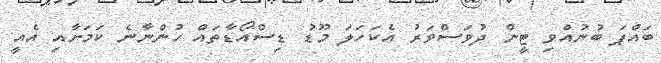
ބައްޕަ ބުނުއްވި ޓީން ދުވަސްވަރު އެކަހަލަ މޫޑު ޑިސްއޯޑާތައް ހުންނާނެ ކަމަށާއި އެއީ